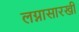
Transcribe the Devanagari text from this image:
लग्नासारखी